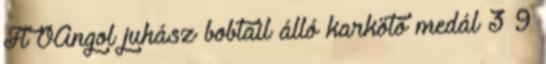
Ft ÓAngol juhász bobtail álló karkötő medál 3 9